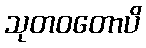
သုတဝတောပိ